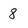
Character: 8